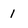
Character: 1